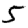
Digit: 5